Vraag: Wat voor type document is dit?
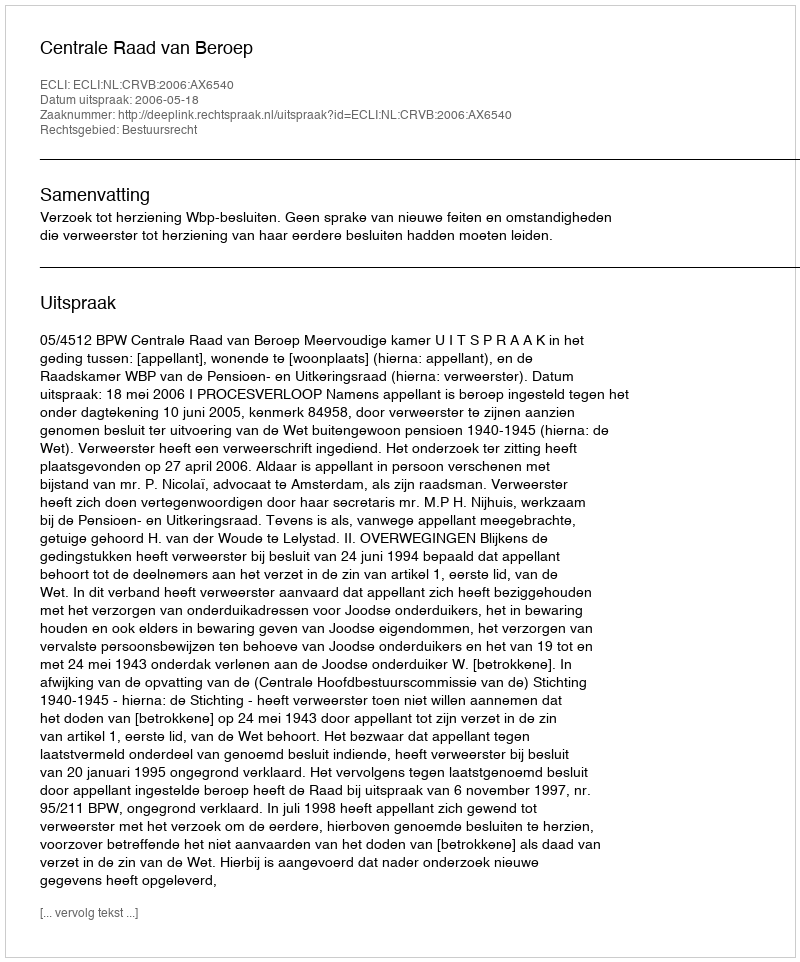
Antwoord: Uitspraak